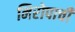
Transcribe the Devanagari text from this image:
निरोपाची